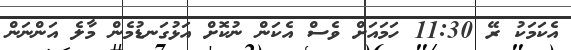
އެކަމަކު ރޭ 11:30 ހަމައަށް ވެސް އެކަން ނުކޮށް އަޅުގަނޑުމެން މާލެ އަންނަން